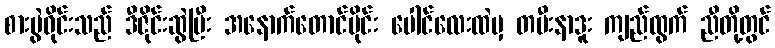
စားပွဲဝိုင်းသည် ဒီဇိုင်းဆွဲပြီး အနောက်တောင်ပိုင်း ပေါင်လေးထဲမှ တမီးနာဒူး ကျည်ထွက် ညီတို့တွင်